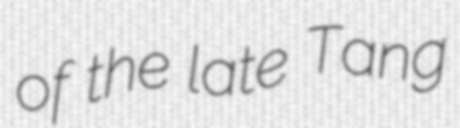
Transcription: of the late Tang